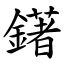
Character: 鐯